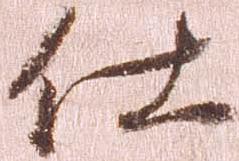
仕